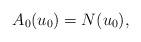
LaTeX: \begin{align*}A_0(u_0)=N(u_0),\end{align*}